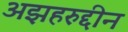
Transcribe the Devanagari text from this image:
अझहरुद्दीन